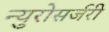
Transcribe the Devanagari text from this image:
न्युरोसर्जरी